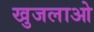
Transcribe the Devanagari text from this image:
खुजलाओ